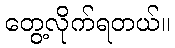
တွေ့လိုက်ရတယ်။